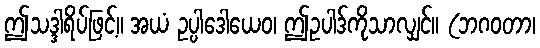
ဤသဒ္ဒါရိပ်ဖြင့်။ အယံ ဥပ္ပါဒေါယေဝ၊ ဤဥပါဒ်ကိုသာလျှင်။ (ဘဂဝတာ၊